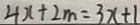
4 x + 2 m = 3 x + 1